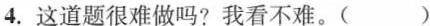
4.这道题很难做吗?我看不难。()